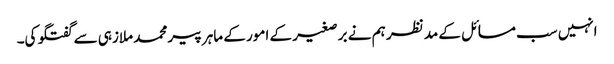
انہیں سب مسائل کے مد نظر ہم نے بر صغیر کے امور کے ماہر پیر محمد ملازہی سے گفتگو کی۔